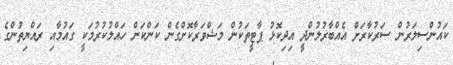
ކައުންސިލަރުން ސަރުކާރަށް އެއްބާރުލުންދީ އިދިކޮޅު ޕާޓީތަކުން މަޝްވަރާކޮށްގެން ކަންކަން ހައްލުކުރުމަކީ ގައުމާއި ރައްޔިތުންގެ